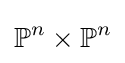
\mathbb {P} ^{n}\times \mathbb {P} ^{n}